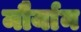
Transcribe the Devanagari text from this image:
मौर्यान